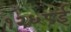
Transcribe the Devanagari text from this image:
१२६८ई